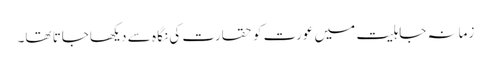
زمانہ جاہلیت میں عورت کو حقارت کی نگا ہ سے دیکھاجاتا تھا۔